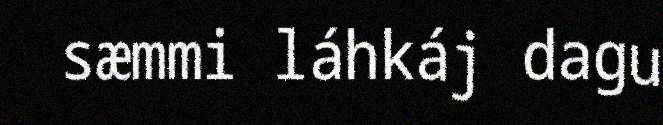
sæmmi láhkáj dagu